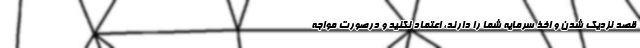
قصد نزدیک شدن و اخذ سرمایه شما را دارند، اعتماد نکنید و درصورت مواجه